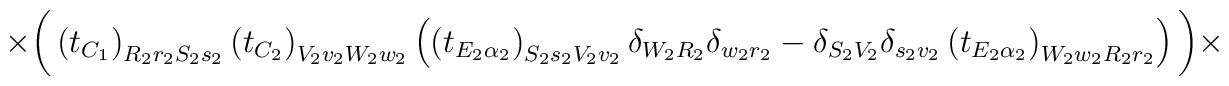
\times\bigg(\left(t_{C_1}\right)_{R_2r_2S_2s_2}\left(t_{C_2}\right)	_{V_2v_2W_2w_2}\left(\left(t_{E_2\alpha_2}\right)_{S_2s_2V_2v_2}\delta	_{W_2R_2}\delta_{w_2r_2}-\delta_{S_2V_2}\delta_{s_2v_2}\left(t_{E_2	\alpha_2}\right)_{W_2w_2R_2r_2}\right)\bigg)\times